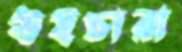
উইচারা